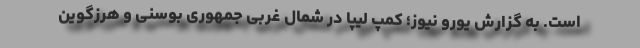
است. به گزارش یورو نیوز؛ کمپ لیپا در شمال غربی جمهوری بوسنی و هرزگوین